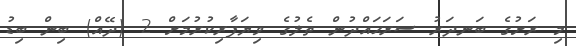
މި ރަށުގެ ބަނދަރު ސަރަޙައްދުން ތެލުގެ ވިޔަފާރިކުރުމަށް 2 (ދޭއް) ބިން ބިޑު